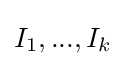
I_{1},...,I_{k}